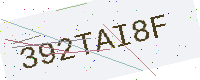
Text: 392TAI8F